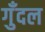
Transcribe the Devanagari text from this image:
गुँदल